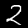
Label: 2